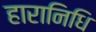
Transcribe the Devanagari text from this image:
हारानिधि